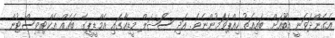
އެގެންދަވަނީ އިބޫއަށް ބައިއަތު ހިއްޕަވަމުންނެވެ. އަދި ސޯޝަލް މީޑިއާގައި އެމްޑީޕީގެ ބައެއް އެކްޓިވިސްޓުން